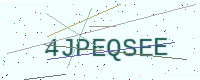
Text: 4JPEQSEE